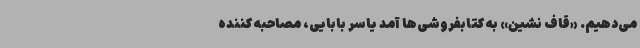
می‌دهیم. «قاف نشین» به کتابفروشی‌ها آمد یاسر بابایی، مصاحبه کننده